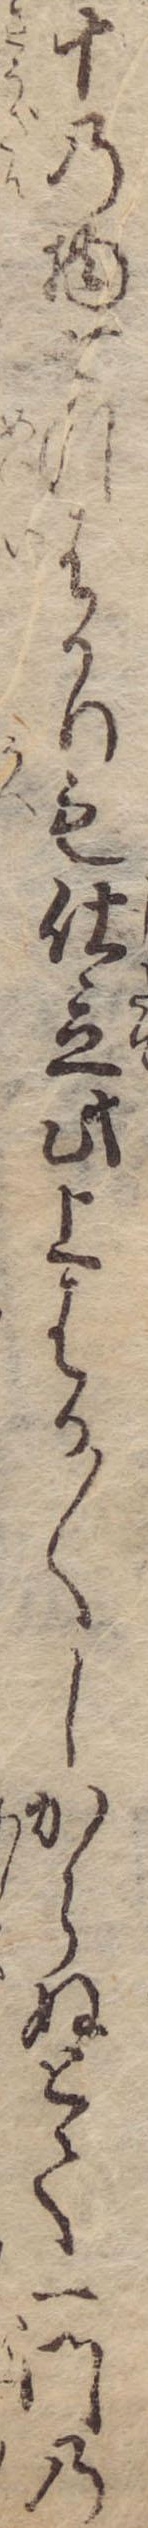
十の物七つはかりも仕立此上はか〱しからぬとて一門の